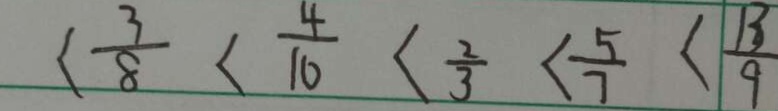
< \frac { 3 } { 8 } < \frac { 4 } { 1 0 } < \frac { 2 } { 3 } < \frac { 5 } { 7 } < \frac { 1 3 } { 9 }